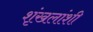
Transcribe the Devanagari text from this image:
शृंखलांशी